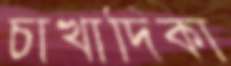
চাখাদিকা